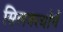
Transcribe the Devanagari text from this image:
सिलवरथॉर्न